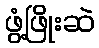
ဖွံ့ဖြိုးဆဲ